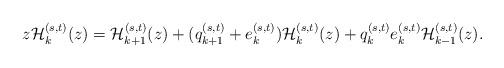
LaTeX: \begin{align*}z{\cal H}_k^{(s,t)}(z)={\cal H}_{k+1}^{(s,t)}(z)+(q_{k+1}^{(s,t)}+e_{k}^{(s,t)}){\cal H}_{k}^{(s,t)}(z)+q_{k}^{(s,t)}e_k^{(s,t)}{\cal H}_{k-1}^{(s,t)}(z).\end{align*}